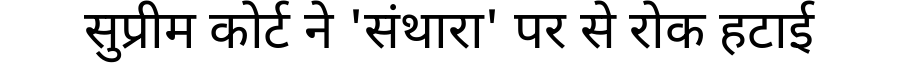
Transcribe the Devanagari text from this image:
सुप्रीम कोर्ट ने 'संथारा' पर से रोक हटाई